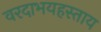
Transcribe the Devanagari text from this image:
वरदाभयहस्ताय